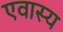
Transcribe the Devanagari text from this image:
एवास्य